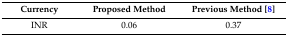
<table><thead><tr><td><b>Currency</b></td><td><b>Proposed Method</b></td><td><b>Previous Method [8]</b></td></tr></thead><tbody><tr><td>INR</td><td>0.06</td><td>0.37</td></tr></tbody></table>